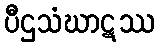
ပီဌသံဃာဋဿ